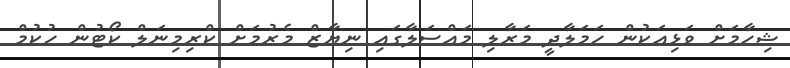
ޝިހާމަށް ވަޅިއަކުން ހަމަލާދީ މަރާލި މައްސަލާގައި ނިޔާޒް މެރުމަށް ކްރިމިނަލް ކޯޓުން ހުކުމް